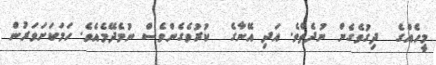
މީހެއްގެ  ދިގުވެގެން ނުދެތެވެ. އަދި އޭނާގެ  ކުރުވެގެންވެސް ނުމެދޭމެއެވެ. ހަމަކަށަވަރުން